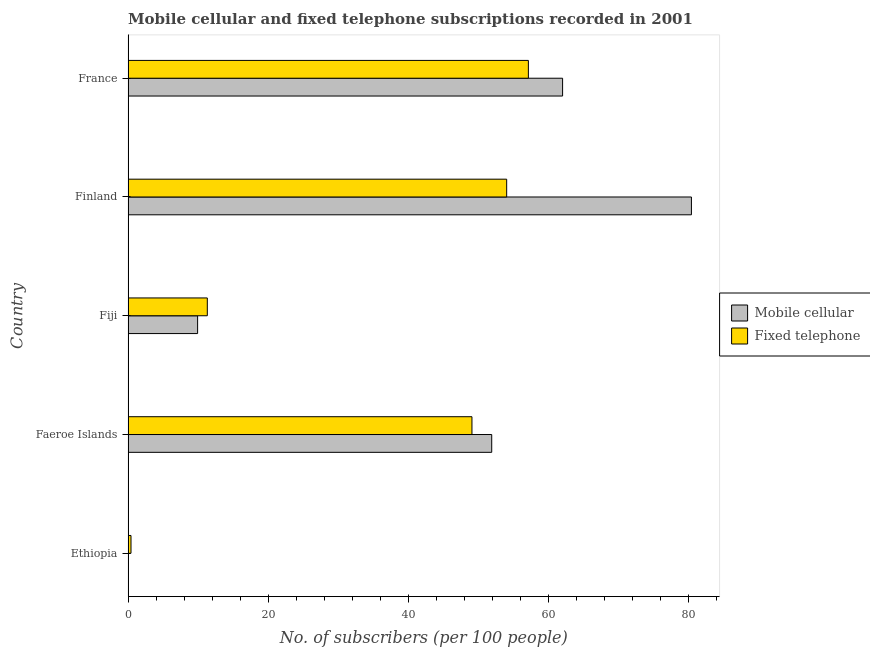
| Country | Mobile cellular | Fixed telephone |
 | --- | --- | --- |
 | Ethiopia | 0.0405 | 0.417 |
 | Faeroe Islands | 52 | 49.1 |
 | Fiji | 9.93 | 11.3 |
 | Finland | 80.5 | 54.1 |
 | France | 62.1 | 57.2 |